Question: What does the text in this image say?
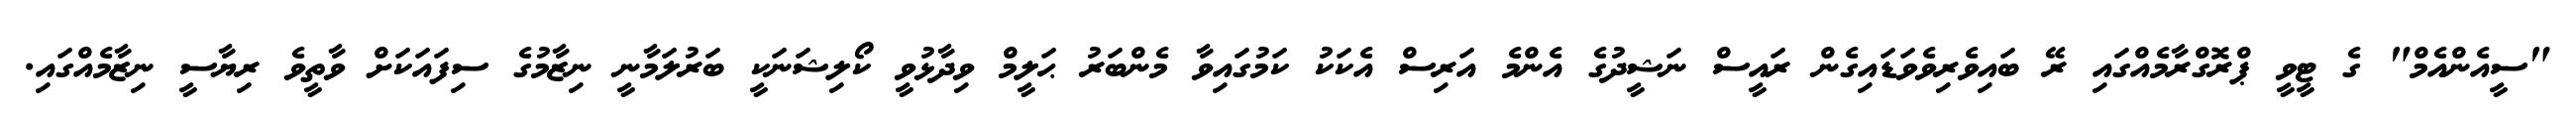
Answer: "ސީއެންއެމް" ގެ ޓީވީ ޕްރޮގްރާމެއްގައި ރޭ ބައިވެރިވެވަޑައިގެން ރައީސް ނަޝީދުގެ އެންމެ އަރިސް އެކަކު ކަމުގައިވާ މެންބަރު ޙަލީމް ވިދާޅުވީ ކޯލިޝަނަކީ ބަރުލަމާނީ ނިޒާމުގެ ސިފައަކަށް ވާތީވެ ރިޔާސީ ނިޒާމެއްގައި.